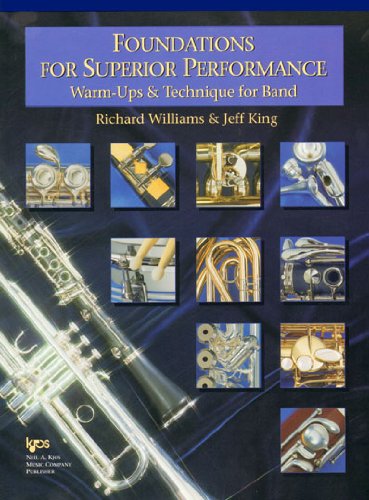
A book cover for W32HF - Foundations for Superior Performance - French Horn; Jeff King; Teen & Young Adult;